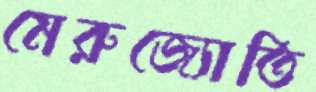
মেরুজ্যোতি